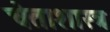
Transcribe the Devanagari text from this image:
चेताशास्त्र